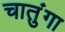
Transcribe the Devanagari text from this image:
चातुंगा